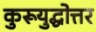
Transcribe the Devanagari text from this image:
कुरूयुद्धोत्तर